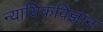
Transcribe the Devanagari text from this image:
न्यायिकविज्ञान